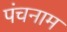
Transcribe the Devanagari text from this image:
पंचनाम